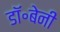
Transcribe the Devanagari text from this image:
डॉ॰बेनी